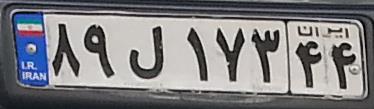
۸۹ل۱۷۳۴۴